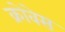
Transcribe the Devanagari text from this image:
क्रोवेस